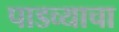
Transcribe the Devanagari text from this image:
पाडव्याचा